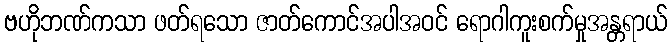
ဗဟိုဘဏ်ကသာ ဖတ်ရသော ဇာတ်ကောင်အပါအဝင် ရောဂါကူးစက်မှုအန္တရာယ်